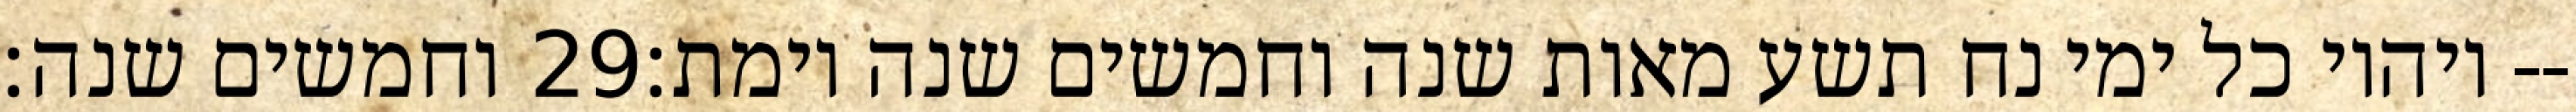
וחמשים שנה׃ ‎29‏ ויהיו כל ימי נח תשע מאות שנה וחמשים שנה וימת׃--